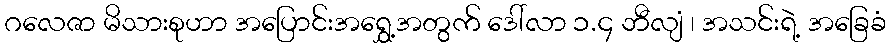
ဂလေဇာ မိသားစုဟာ အပြောင်းအရွှေ့အတွက် ဒေါ်လာ ၁.၄ ဘီလျံ ၊ အသင်းရဲ့ အခြေခံ